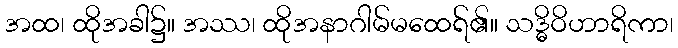
အထ၊ ထိုအခါ၌။ အဿ၊ ထိုအနာဂါမ်မထေရ်၏။ သဒ္ဓိဝိဟာရိကာ၊